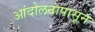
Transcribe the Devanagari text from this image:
आंदोलनांपासून